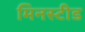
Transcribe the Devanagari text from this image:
मिनस्टीड